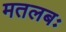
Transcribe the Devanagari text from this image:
मतलबः